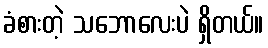
ခံစားတဲ့ သဘောလေးပဲ ရှိတယ်။